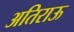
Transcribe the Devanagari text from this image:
अतिराऊ